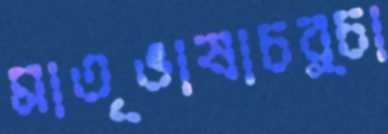
মাতৃভাষাচর্চা